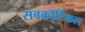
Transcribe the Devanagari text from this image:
सबकॉर्टिकल